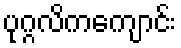
ပုဂ္ဂလိကကျောင်း